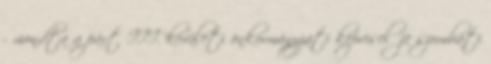
- mondta a párt III. kerületi önkormányzati képviselője szombati